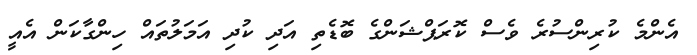
އެންމެ ކުރިންސުރެ ވެސް ކޮރަޕްޝަންގެ ބޮޑެތި އަދި ކުދި އަމަލުތައް ހިންގާކަން އެއީ